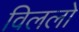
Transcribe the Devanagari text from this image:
विललो